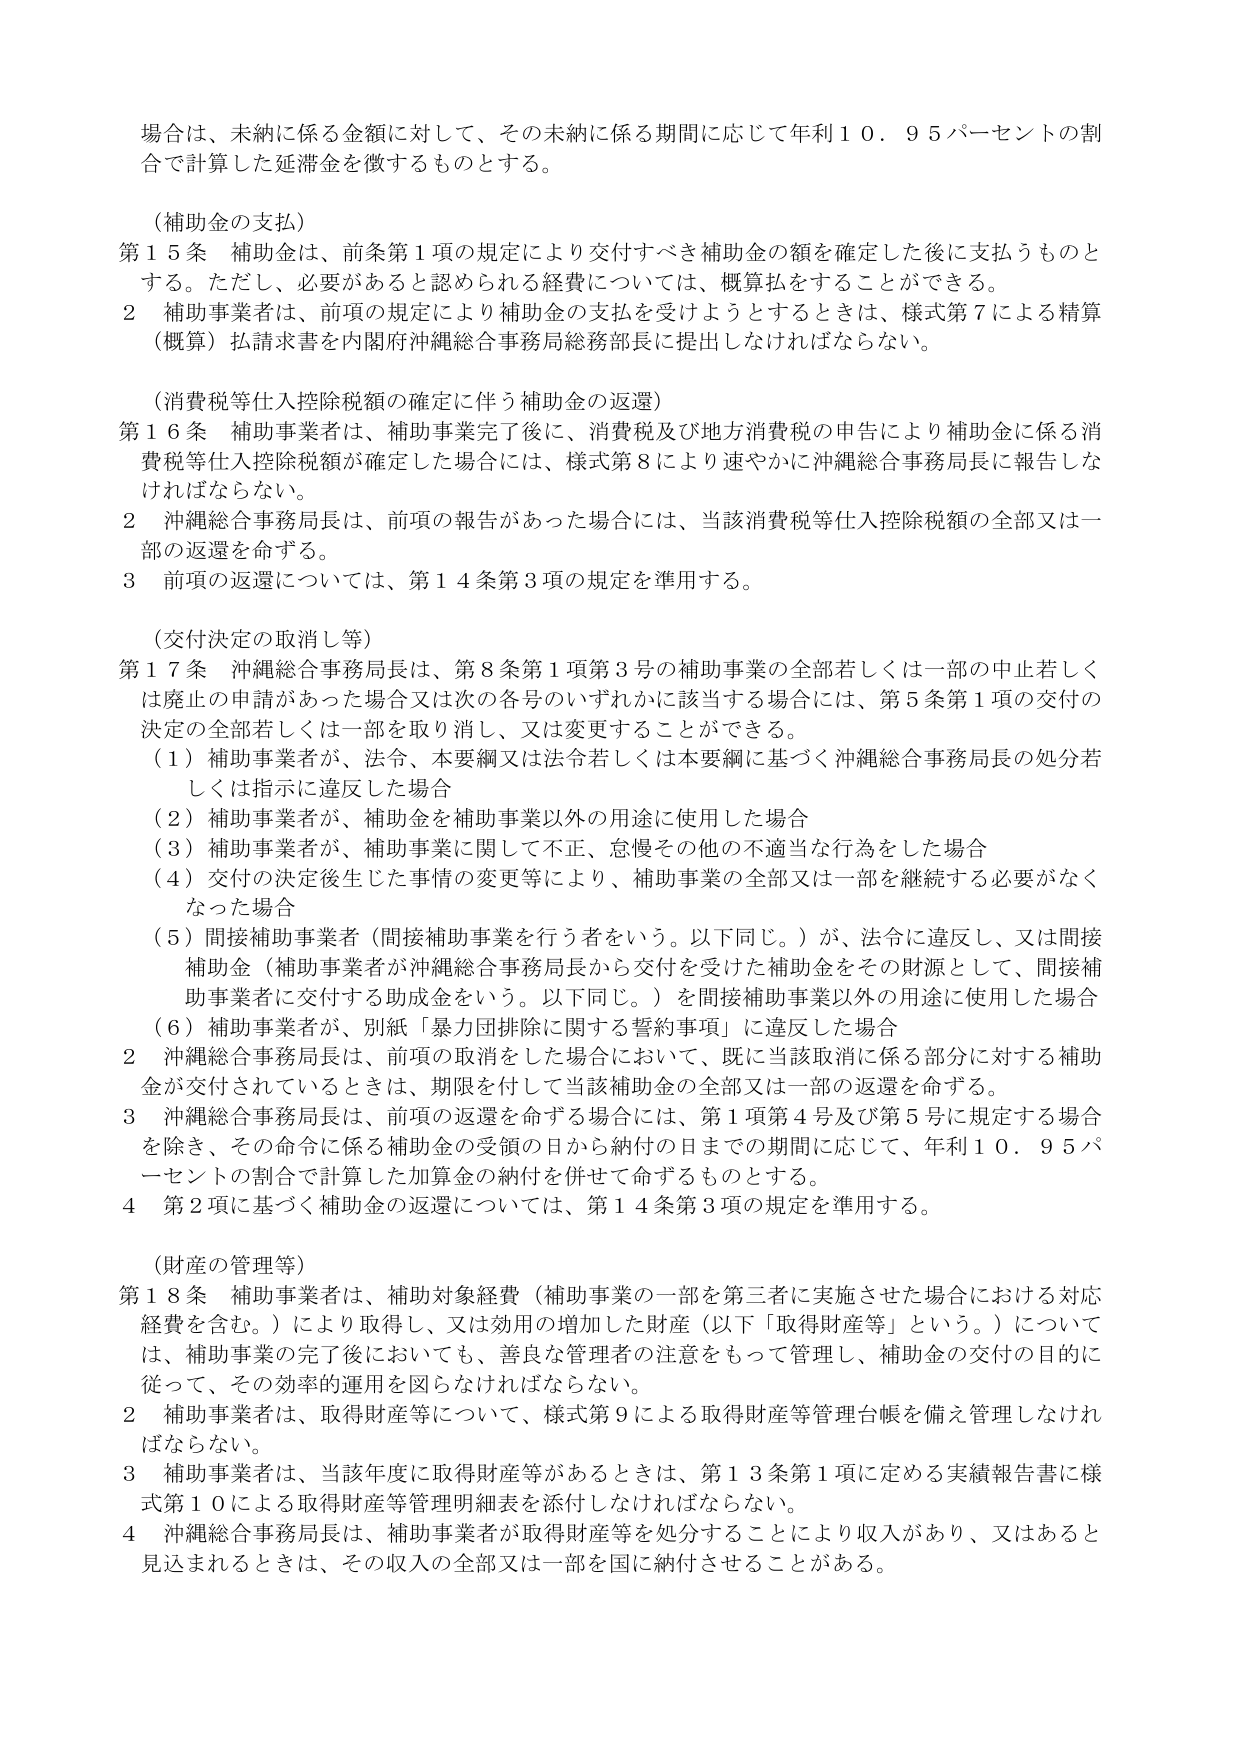
場合は、未納に係る金額に対して、その未納に係る期間に応じて年利１０．９５パーセントの割合で計算した延滞金を徴するものとする。

（補助金の支払）
第１５条 補助金は、前条第１項の規定により交付すべき補助金の額を確定した後に支払うものとする。ただし、必要があると認められる経費については、概算払をすることができる。
２ 補助事業者は、前項の規定により補助金の支払を受けようとするときは、様式第７による精算（概算）払請求書を内閣府沖縄総合事務局総務部長に提出しなければならない。

（消費税等仕入控除税額の確定に伴う補助金の返還）
第１６条 補助事業者は、補助事業完了後に、消費税及び地方消費税の申告により補助金に係る消費税等仕入控除税額が確定した場合には、様式第８により速やかに沖縄総合事務局長に報告しなければならない。
２ 沖縄総合事務局長は、前項の報告があった場合には、当該消費税等仕入控除税額の全部又は一部の返還を命ずる。
３ 前項の返還については、第１４条第３項の規定を準用する。

（交付決定の取消し等）
第１７条 沖縄総合事務局長は、第８条第１項第３号の補助事業の全部若しくは一部の中止若しくは廃止の申請があった場合又は次の各号のいずれかに該当する場合には、第５条第１項の交付の決定の全部若しくは一部を取り消し、又は変更することができる。
（１）補助事業者が、法令、本要綱又は法令若しくは本要綱に基づく沖縄総合事務局長の処分若しくは指示に違反した場合
（２）補助事業者が、補助金を補助事業以外の用途に使用した場合
（３）補助事業者が、補助事業に関して不正、怠慢その他の不適当な行為をした場合
（４）交付の決定後生じた事情の変更等により、補助事業の全部又は一部を継続する必要がなくなった場合
（５）間接補助事業者（間接補助事業を行う者をいう。以下同じ。）が、法令に違反し、又は間接補助金（補助事業者が沖縄総合事務局長から交付を受けた補助金をその財源として、間接補助事業者に交付する助成金をいう。以下同じ。）を間接補助事業以外の用途に使用した場合
（６）補助事業者が、別紙「暴力団排除に関する誓約事項」に違反した場合
２ 沖縄総合事務局長は、前項の取消をした場合において、既に当該取消に係る部分に対する補助金が交付されているときは、期限を付して当該補助金の全部又は一部の返還を命ずる。
３ 沖縄総合事務局長は、前項の返還を命ずる場合には、第１項第４号及び第５号に規定する場合を除き、その命令に係る補助金の受領の日から納付の日までの期間に応じて、年利１０．９５パーセントの割合で計算した加算金の納付を併せて命ずるものとする。
４ 第２項に基づく補助金の返還については、第１４条第３項の規定を準用する。

（財産の管理等）
第１８条 補助事業者は、補助対象経費（補助事業の一部を第三者に実施させた場合における対応経費を含む。）により取得し、又は効用の増加した財産（以下「取得財産等」という。）については、補助事業の完了後においても、善良な管理者の注意をもって管理し、補助金の交付の目的に従って、その効率的運用を図らなければならない。
２ 補助事業者は、取得財産等について、様式第９による取得財産等管理台帳を備え管理しなければならない。
３ 補助事業者は、当該年度に取得財産等があるときは、第１３条第１項に定める実績報告書に様式第１０による取得財産等管理明細表を添付しなければならない。
４ 沖縄総合事務局長は、補助事業者が取得財産等を処分することにより収入があり、又はあると見込まれるときは、その収入の全部又は一部を国に納付させることがある。